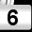
Digit: 6